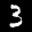
Digit: 3